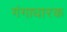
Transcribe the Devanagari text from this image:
गंगाधारक